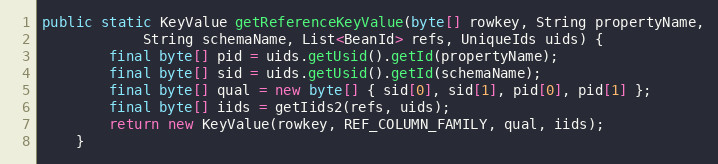
Language: Java
public static KeyValue getReferenceKeyValue(byte[] rowkey, String propertyName,
            String schemaName, List<BeanId> refs, UniqueIds uids) {
        final byte[] pid = uids.getUsid().getId(propertyName);
        final byte[] sid = uids.getUsid().getId(schemaName);
        final byte[] qual = new byte[] { sid[0], sid[1], pid[0], pid[1] };
        final byte[] iids = getIids2(refs, uids);
        return new KeyValue(rowkey, REF_COLUMN_FAMILY, qual, iids);
    }